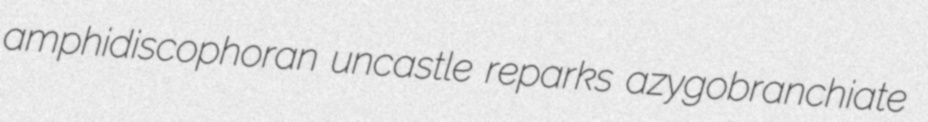
amphidiscophoran uncastle reparks azygobranchiate